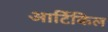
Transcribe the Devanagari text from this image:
आर्टिकिल